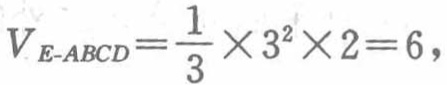
\[V_{E - ABCD}=\frac{1}{3}\times3^{2}\times2 = 6,\]